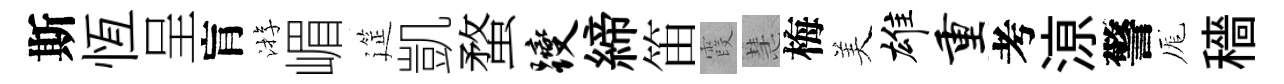
斯恆呈肓㳺嵋筵凱蝥躞締笛霞慧梅美雄重考鿌警厖穡